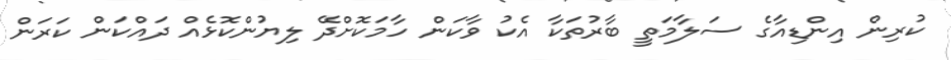
ކުރިން އިންޑިއާގެ ސަލާމަތީ ބާރުތަކާ އެކު ވާކަން ހާމަކޮށްދޭ ލިޔުންކޮޅެއް ދައްކަން ކަރަން